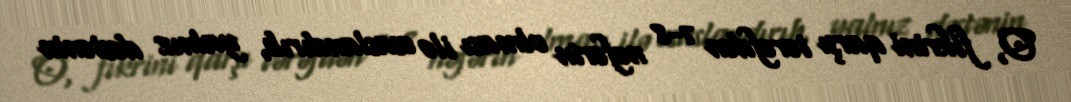
O, fikrini qarşı tərəfdən 7-8 nəfərin olması ilə əsaslandırıb, yalnız dəstənin